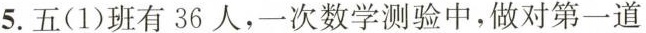
5.五(1)班有36人，一次数学测验中，做对第一道